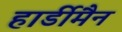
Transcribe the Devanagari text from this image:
हार्डीमैन